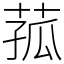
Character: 菰